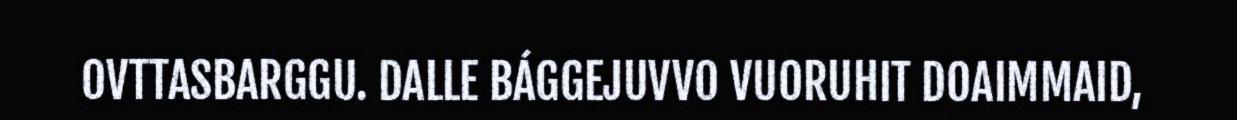
OVTTASBARGGU. DALLE BÁGGEJUVVO VUORUHIT DOAIMMAID,